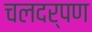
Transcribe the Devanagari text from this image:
चलदर्पण